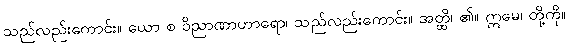
သည်လည်းကောင်း။ ယော စ ဝိညာဏာဟာရော၊ သည်လည်းကောင်း။ အတ္ထိ၊ ၏။ ဣမေ၊ တို့ကို။